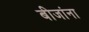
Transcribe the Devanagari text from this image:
बीजांना